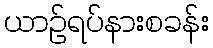
ယာဉ်ရပ်နားစခန်း